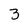
Character: 3